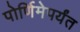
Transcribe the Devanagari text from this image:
पोर्णिमेपर्यंत